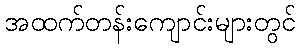
အထက်တန်းကျောင်းများတွင်